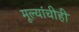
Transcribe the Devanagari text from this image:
मूल्यांचीही